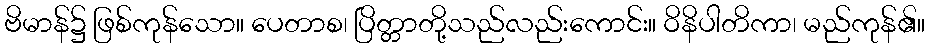
ဗိမာန်၌ ဖြစ်ကုန်သော။ ပေတာစ၊ ပြိတ္တာတို့သည်လည်းကောင်း။ ဝိနိပါတိကာ၊ မည်ကုန်၏။